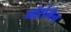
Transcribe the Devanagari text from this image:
नॉर्समैन